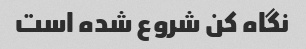
نگاه کن شروع شده است